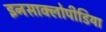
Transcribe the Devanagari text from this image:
इनसाक्लोपीडिया